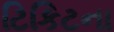
ટિકિટના